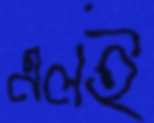
এলই